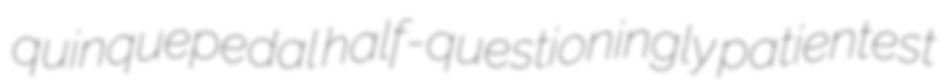
quinquepedal half-questioningly patientest